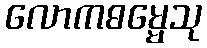
လောကဓမ္မေသု